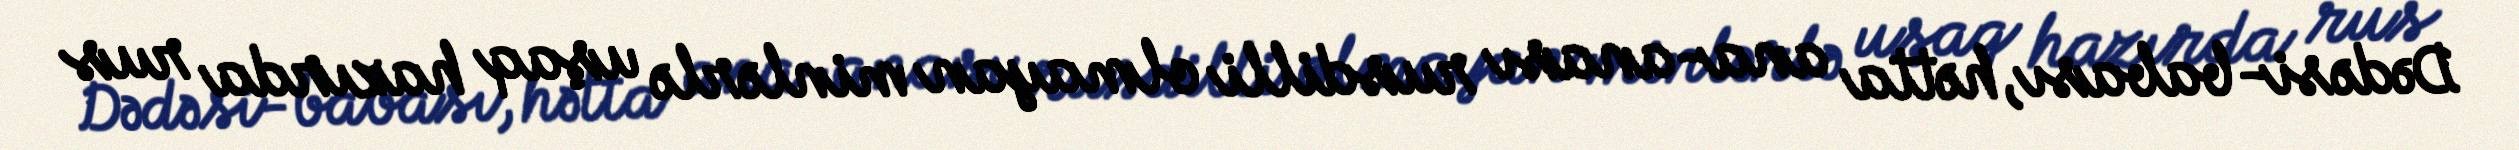
Dədəsi-babası, hətta ana-anası rusdilli olmayan minlərlə uşaq hazırda rus